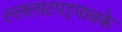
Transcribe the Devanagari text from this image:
ल्ललाटपट्टपावके